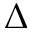
\Delta